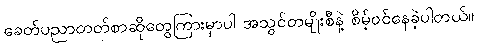
ခေတ်ပညာတတ်စာဆိုတွေကြားမှာပါ အသွင်တမျိုးစီနဲ့ စိမ့်ဝင်နေခဲ့ပါတယ်။